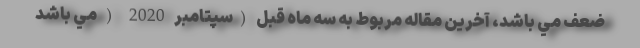
ضعف مي باشد، آخرين مقاله مربوط به سه ماه قبل (سپتامبر 2020 ( مي باشد